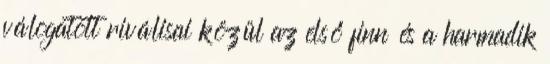
válogatott riválisai közül az első finn és a harmadik